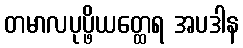
တမာလပုပ္ဖိယတ္ထေရ အပဒါန